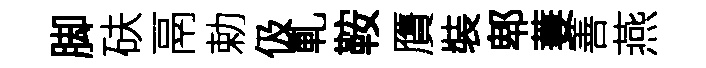
脚砆鬲勅伋軋鞍贋裝郫萋善燕